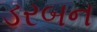
ડરબન